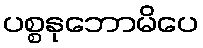
ပစ္စနုဘောမိပေ